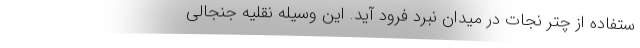
ستفاده از چتر نجات در میدان نبرد فرود آید. این وسیله نقلیه جنجالی